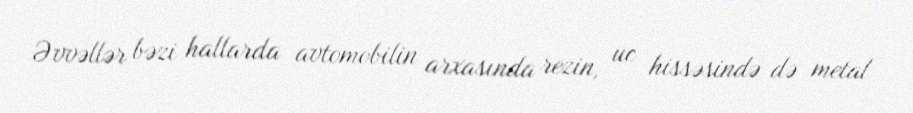
Əvvəllər bəzi hallarda avtomobilin arxasında rezin, uc hissəsində də metal